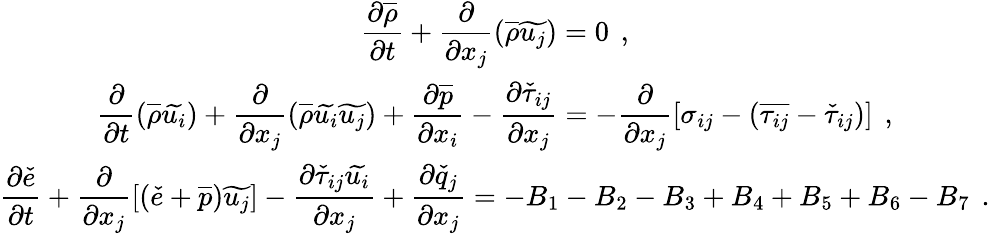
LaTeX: \begin{array}{c}{\displaystyle\frac{\partial\overline{{\rho}}}{\partial t}+\frac{\partial}{\partial x_{j}}\left(\overline{{\rho}}\widetilde{u_{j}}\right)=0\, \mathrm{~,~}}\\ {\displaystyle\frac{\partial}{\partial t}\left(\overline{{\rho}}\widetilde{u_{i}}\right)+\frac{\partial}{\partial x_{j}}\left(\overline{{\rho}}\widetilde{u_{i}}\widetilde{u_{j}}\right)+\frac{\partial\overline{{p}}}{\partial x_{i}}-\frac{\partial\check{\tau}_{ij}}{\partial x_{j}}=-\frac{\partial}{\partial x_{j}}\left[\sigma_{ij}-\left(\overline{{\tau_{ij}}}-\check{\tau}_{ij}\right)\right]\, \mathrm{~,~}}\\ {\displaystyle\frac{\partial\check{e}}{\partial t}+\frac{\partial}{\partial x_{j}}\left[\left(\check{e}+\overline{{p}}\right)\widetilde{u_{j}}\right]-\frac{\partial\check{\tau}_{ij}\widetilde{u_{i}}}{\partial x_{j}}+\frac{\partial\check{q}_{j}}{\partial x_{j}}=-B_{1}-B_{2}-B_{3}+B_{4}+B_{5}+B_{6}-B_{7}\, \mathrm{~.~}}\end{array}